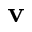
\mathbf { v }